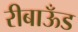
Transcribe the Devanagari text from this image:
रीबाऊँड